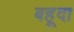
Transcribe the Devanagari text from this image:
बहूदा